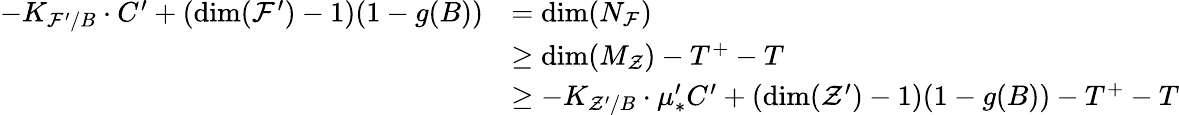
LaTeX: \begin{array}{rl}{-K_{\mathcal{F}^{\prime}/B}\cdot C^{\prime}+(\dim(\mathcal{F}^{\prime})-1)(1-g(B))}&{=\dim(N_{\mathcal{F}})}\\ &{\geq\dim(M_{\mathcal{Z}})-T^{+}-T}\\ &{\geq-K_{\mathcal{Z}^{\prime}/B}\cdot\mu_{*}^{\prime}C^{\prime}+(\dim(\mathcal{Z}^{\prime})-1)(1-g(B))-T^{+}-T}\end{array}